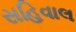
સહિવાલ